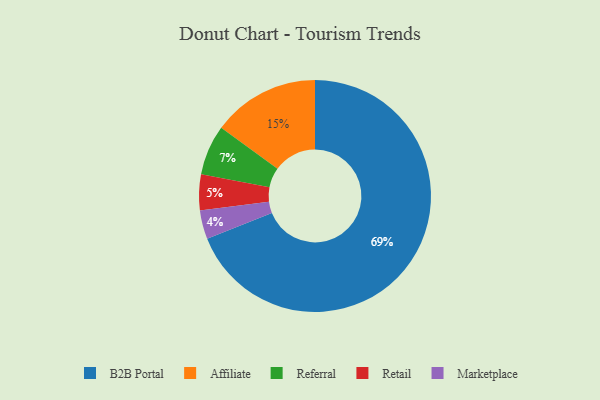
{"axis": {"x": "Category", "y": "Percentage"}, "legend": ["Affiliate", "B2B Portal", "Marketplace", "Referral", "Retail"], "data": [{"x": "B2B Portal", "y": 69, "type": "B2B Portal"}, {"x": "Marketplace", "y": 4, "type": "Marketplace"}, {"x": "Affiliate", "y": 15, "type": "Affiliate"}, {"x": "Referral", "y": 7, "type": "Referral"}, {"x": "Retail", "y": 5, "type": "Retail"}]}